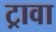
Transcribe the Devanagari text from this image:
ट्रावा